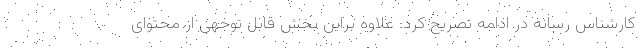
کارشناس رسانه در ادامه تصریح کرد: علاوه براین بخش قابل توجهی از محتوای